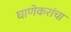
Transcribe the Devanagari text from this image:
घाणेकरांचा